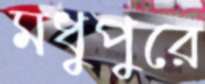
মধুপুরে